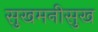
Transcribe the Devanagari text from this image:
सुखमनीसुख